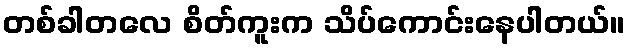
တစ်ခါတလေ စိတ်ကူးက သိပ်ကောင်းနေပါတယ်။